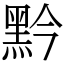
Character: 黔